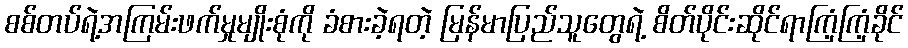
စစ်တပ်ရဲ့အကြမ်းဖက်မှုမျိုးစုံကို ခံစားခဲ့ရတဲ့ မြန်မာပြည်သူတွေရဲ့ စိတ်ပိုင်းဆိုင်ရာကြံ့ကြံ့ခိုင်